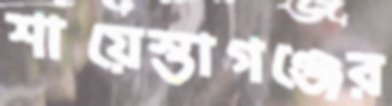
শায়েস্তাগঞ্জের